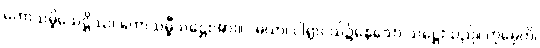
ကောသမ္ဗိသေဋ္ဌိဿ၊ ကောသမ္ဗီသဋ္ဌေးအား။ “မယာ၊ ငါရွာငယ်၌နေသော သဋ္ဌေးသည်။ တုမှေဟိ၊